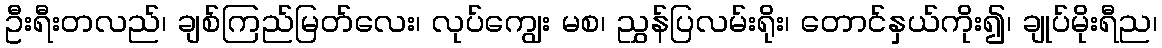
ဦးရီးတလည်၊ ချစ်ကြည်မြတ်လေး၊ လုပ်ကျွေး မစ၊ ညွှန်ပြလမ်းရိုး၊ တောင်နှယ်ကိုး၍၊ ချုပ်မိုးရီည၊